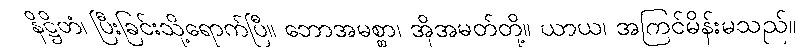
နိဋ္ဌိတံ၊ ပြီးခြင်းသို့ရောက်ပြီ။ ဘောအမစ္စာ၊ အိုအမတ်တို့။ ယာယ၊ အကြင်မိန်းမသည်။